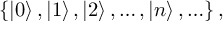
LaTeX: \left\{ \left| 0 \right\rangle , \left| 1 \right\rangle , \left| 2 \right\rangle , \ldots , \left| n \right\rangle , \ldots \right\} ,